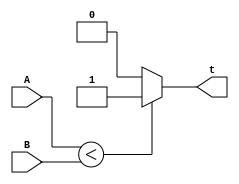
`timescale 1ns / 1ps

module Comparator(
    input [3:0] A,
    input [3:0] B,
    output reg t
    );
    
always@ (A,B)    
begin
    
     if (A < B)
         begin
         t=1'b1;
         end   
     else
         begin
         t=1'b0;
         end 
       
end    
endmodule